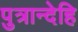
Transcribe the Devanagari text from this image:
पुत्रान्देहि